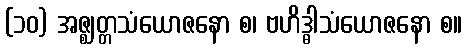
(၁၀) အဇ္ဈတ္တသံယောဇနော စ၊ ဗဟိဒ္ဓါသံယောဇနော စ။